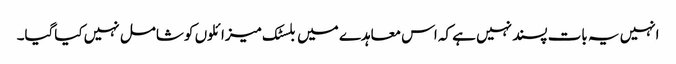
انہیں یہ بات پسند نہیں ہے کہ اس معاہدے میں بلسٹک میزائلوں کو شامل نہیں کیاگیا۔